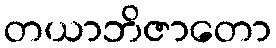
တယာဘိဇာတော